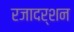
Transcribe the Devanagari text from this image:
रजादर्शन